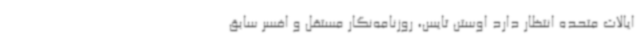
ایالات متحده انتظار دارد اوستن تایس، روزنامه‌نگار مستقل و افسر سابق